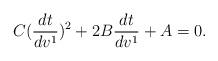
LaTeX: \begin{align*}C(\frac{dt}{dv^1})^2+2B\frac{dt}{dv^1}+A=0.\end{align*}